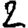
Digit: 2